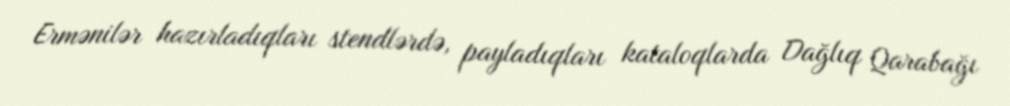
Ermənilər hazırladıqları stendlərdə, payladıqları kataloqlarda Dağlıq Qarabağı